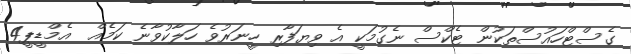
ގެސްޓްހައުސްތަކުން ޓެކްސް ނެގުމަކީ އެ ވިޔަފާރި ހީނަރުވެ ހަލާކުވާނެ ކަމެއް  އެމްޑީޕީ4